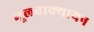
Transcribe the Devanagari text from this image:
मूलवाक्यायन